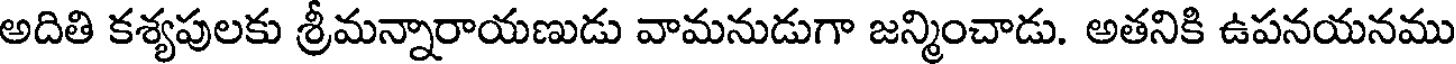
అదితి కశ్యపులకు శ్రీమన్నారాయణుడు వామనుడుగా జన్మించాడు. అతనికి ఉపనయనము